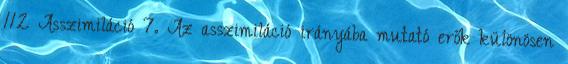
112 Asszimiláció 7. Az asszimiláció irányába mutató erők különösen